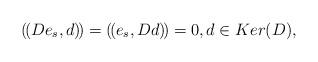
LaTeX: \begin{align*} (\!(De_s, d)\!) = (\!(e_s, Dd) \!) =0, d\in Ker(D),\end{align*}